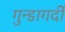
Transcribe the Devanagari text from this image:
गुन्डागर्दी